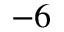
^ { - 6 }